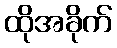
ထိုအခိုက်